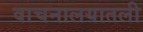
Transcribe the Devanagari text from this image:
वाचनालयातली